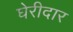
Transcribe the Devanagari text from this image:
घेरीदार